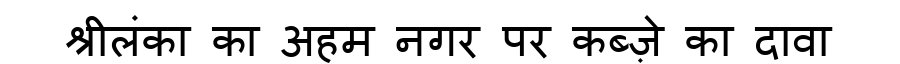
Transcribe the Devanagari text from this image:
श्रीलंका का अहम नगर पर कब्ज़े का दावा